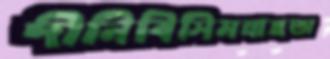
দীনিবিসিমল্লাহঅ